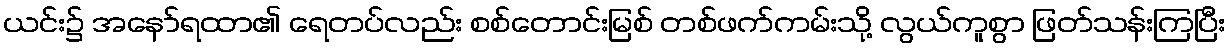
ယင်း၌ အနော်ရထာ၏ ရေတပ်လည်း စစ်တောင်းမြစ် တစ်ဖက်ကမ်းသို့ လွယ်ကူစွာ ဖြတ်သန်းကြပြီး